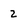
Character: 2